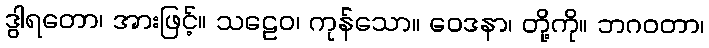
ဒွါရတော၊ အားဖြင့်။ သဠေဝ၊ ကုန်သော။ ဝေဒနာ၊ တို့ကို။ ဘဂဝတာ၊